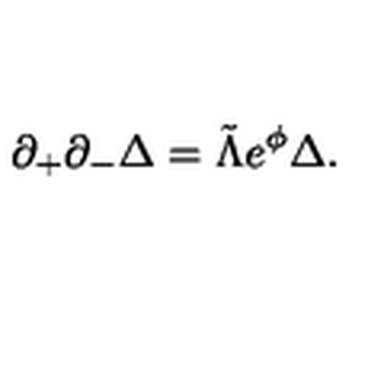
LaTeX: \partial _ { + } \partial _ { - } \Delta = \tilde { \Lambda } e ^ { \phi } \Delta .